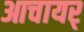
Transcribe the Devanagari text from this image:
आचायर्